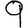
Digit: 9